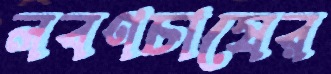
লবণচাষের